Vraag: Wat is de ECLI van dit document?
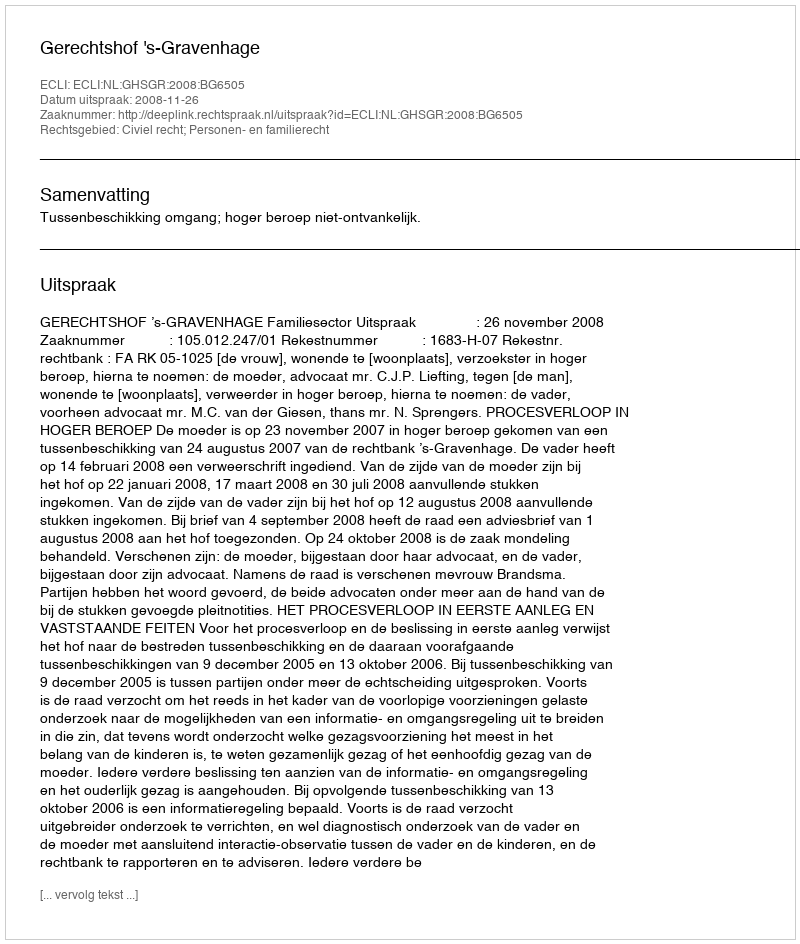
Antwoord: ECLI:NL:GHSGR:2008:BG6505